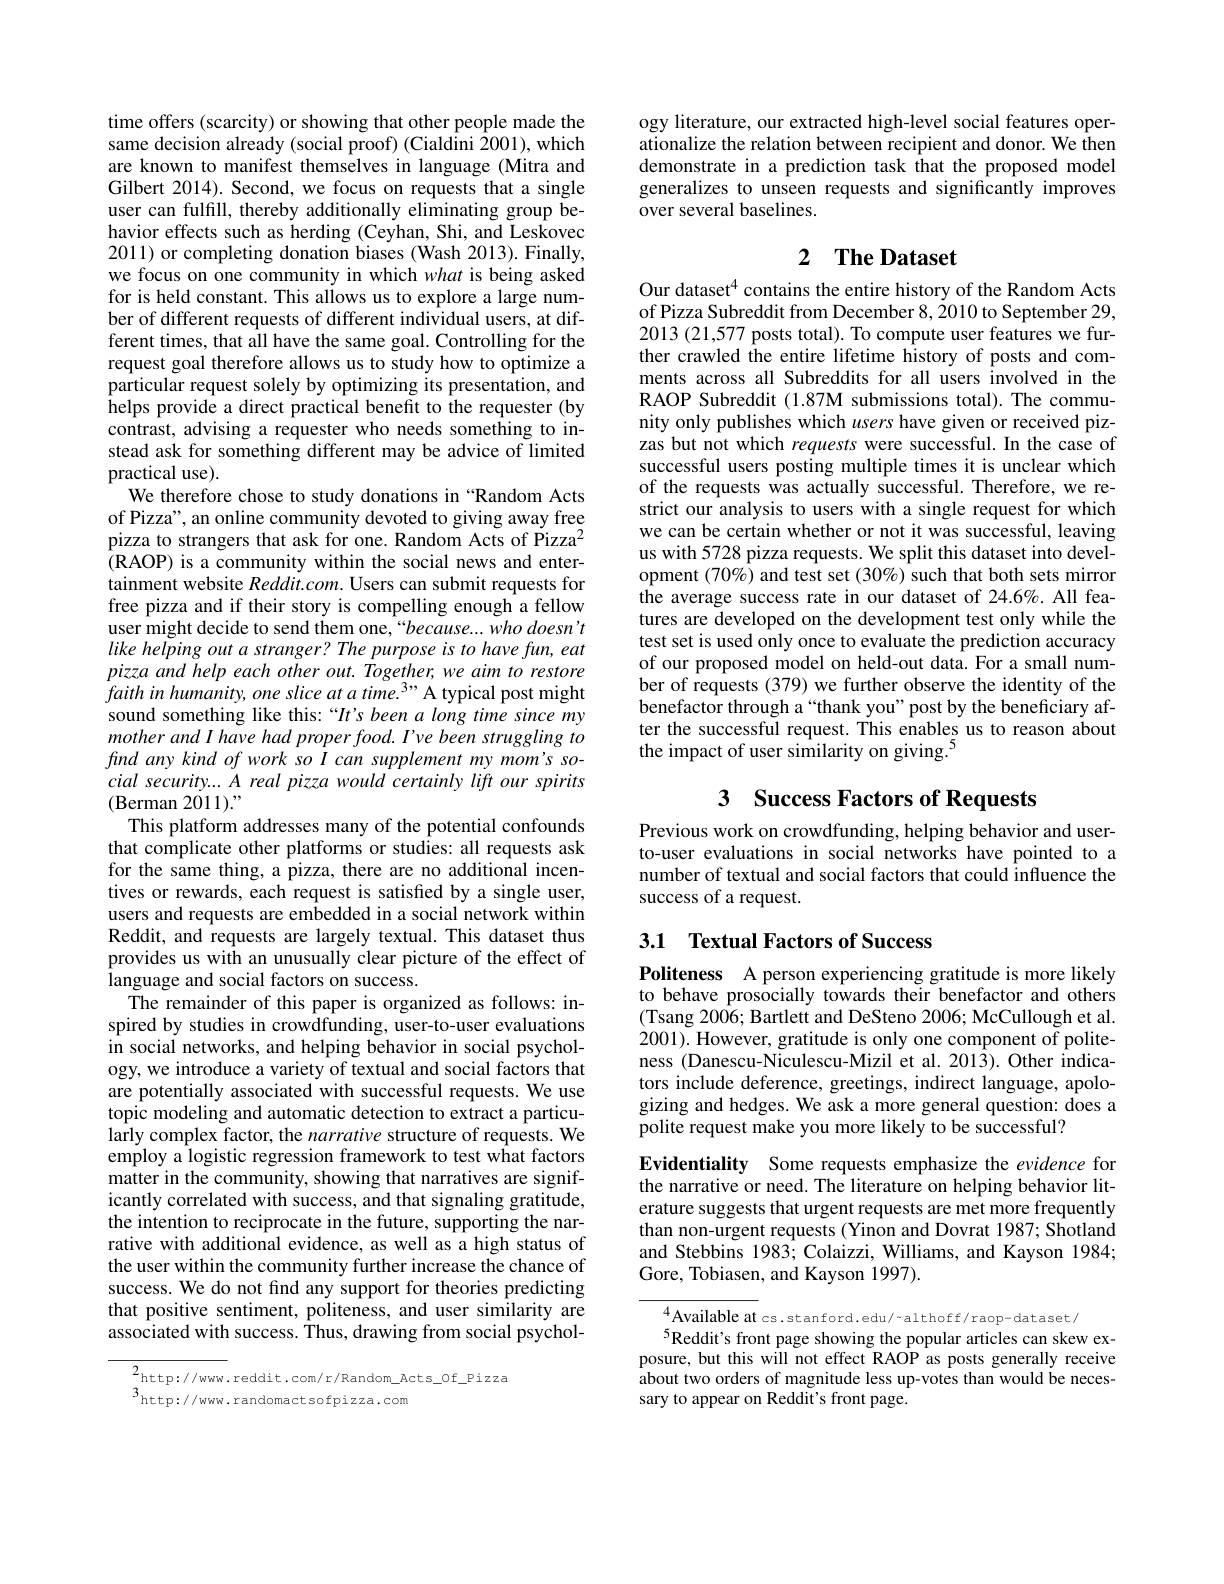
time offers (scarcity) or showing that other people made the same decision already (social proof) (Cialdini $\hat{2}001)$,which are known to manifest themselves in language (Mitra and Gilbert 2014). Second, we focus on requests that a single user can fulfill, thereby additionally eliminating group behavior effects such as herding (Ceyhan, Shi, and Leskovec 2011) or completing donation biases (Wash 2013). Finally, we focus on one community in which what is being asked for is held constant. This allows us to explore a large number of different requests of different individual users, at different times, that all have the same goal. Controlling for the request goal therefore allows us to study how to optimize a particular request solely by optimizing its presentation, and helps provide a direct practical benefit to the requester (by contrast, advising a requester who needs something to instead ask for something different may be advice of limited practical use).
We therefore chose to study donations in “Random Acts of Pizza", an online community devoted to giving away free pizza to strangers that ask for one. Random Acts of Pizza$^{2}$ (RAOP) is a community within the social news and enter- tainment website Reddit.com. Users can submit requests for free pizza and if their story is compelling enough a fellow user might decide to send them one,“because...who doesn't like helping out a stranger? The purpose is to have fun, eat pizza and help each other out. Together, we aim to restore faith in humanity, one slice at a time. 3" A typical post might sound something like this:“It's been a long time since my mother and I have had proper food. I've been struggling to find any kind of work so I can supplement my mom's social security...A real pizza would certainly lift our spirits (Berman 2011$).”$
This platform addresses many of the potential confounds that complicate other platforms or studies: all requests ask for the same thing, a pizza, there are no additional incentives or rewards, each request is satisfied by a single user, users and requests are embedded in a social network within Reddit, and requests are largely textual. This dataset thus provides us with an unusually clear picture of the effect of language and social factors on success.
The remainder of this paper is organized as follows: inspired by studies in crowdfunding, user-to-user evaluations in social networks, and helping behavior in social psychology, we introduce a variety of textual and social factors that are potentially associated with successful requests. We use topic modeling and automatic detection to extract a particularly complex factor, the narrative structure of requests. We employ a logistic regression framework to test what factors matter in the community, showing that narratives are significantly correlated with success, and that signaling gratitude, the intention to reciprocate in the future, supporting the narrative with additional evidence, as well as a high status of the user within the community further increase the chance of success. We do not find any support for theories predicting that positive sentiment, politeness, and user similarity are associated with success. Thus, drawing from social psychol-

${\frac{2}{3}\mathrm{http://www.reddit.com/r/Random\_Acts\_Of\_Pizza}}$
$^{3}$http://www.randomactsofpizza.com

ogy literature, our extracted high-level social features operationalize the relation between recipient and donor. We then demonstrate in a prediction task that the proposed model generalizes to unseen requests and significantly improves over several baselines.

## 2 $\textbf{The Dataset}$

Our dataset$^{4}$ contains the entire history of the Random Acts of Pizza Subreddit from December 8, 2010 to September 29, 2013 (21,577 posts total). To compute user features we further crawled the entire lifetime history of posts and comments across all Subreddits for all users involved in the RAOP Subreddit (1.87M submissions total).The community only publishes which users have given or received pizzas but not which requests were successful. In the case of successful users posting multiple times it is unclear which of the requests was actually successful. Therefore, we restrict our analysis to users with a single request for which we can be certain whether or not it was successful, leaving us with 5728 pizza requests. We split this dataset into development $(70\%)$ and test set $(30\%)$ such that both sets mirror the average success rate in our dataset of 24.6%. All features are developed on the development test only while the test set is used only once to evaluate the prediction accuracy of our proposed model on held-out data. For a small number of requests (379) we further observe the identity of the benefactor through a“thank you”post by the beneficiary after the successful request. This enables us to reason about the impact of user similarity on giving.$^{5}$

## 3 Success Factors of Requests

Previous work on crowdfunding, helping behavior and userto-user evaluations in social networks have pointed to a number of textual and social factors that could influence the success of a request.

# 3.1 Textual Factors of Success

Politeness A person experiencing gratitude is more likely to behave prosocially towards their benefactor and others (Tsang 2006; Bartlett and DeSteno 2006; McCullough et al. 2001). However, gratitude is only one component of politeness (Danescu-Niculescu-Mizil et al. 201$\hat{3}).$ Other indicators include deference, greetings, indirect language, apologizing and hedges. We ask a more general question: does a polite request make you more likely to be successful?

Evidentiality Some requests emphasize the evidence for the narrative or need. The literature on helping behavior literature suggests that urgent requests are met more frequently than non-urgent requests (Yinon and Dovrat 1987; Shotland and Stebbins 1983; Colaizzi, Williams, and Kayson 1984; Gore, Tobiasen, and Kayson 1997).

$^{4}$Available at cs.stanford.edu/~althoff/raop-dataset/
$^{5}$Reddit's front page showing the popular articles can skew exposure, but this will not effect RAOP as posts generally receive about two orders of magnitude less up-votes than would be necessary to appear on Reddit's front page.